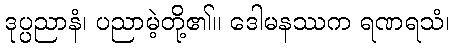
ဒုပ္ပညာနံ၊ ပညာမဲ့တို့၏။ ဒေါမနဿက ရဏရသံ၊